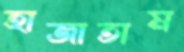
হাজাতাম